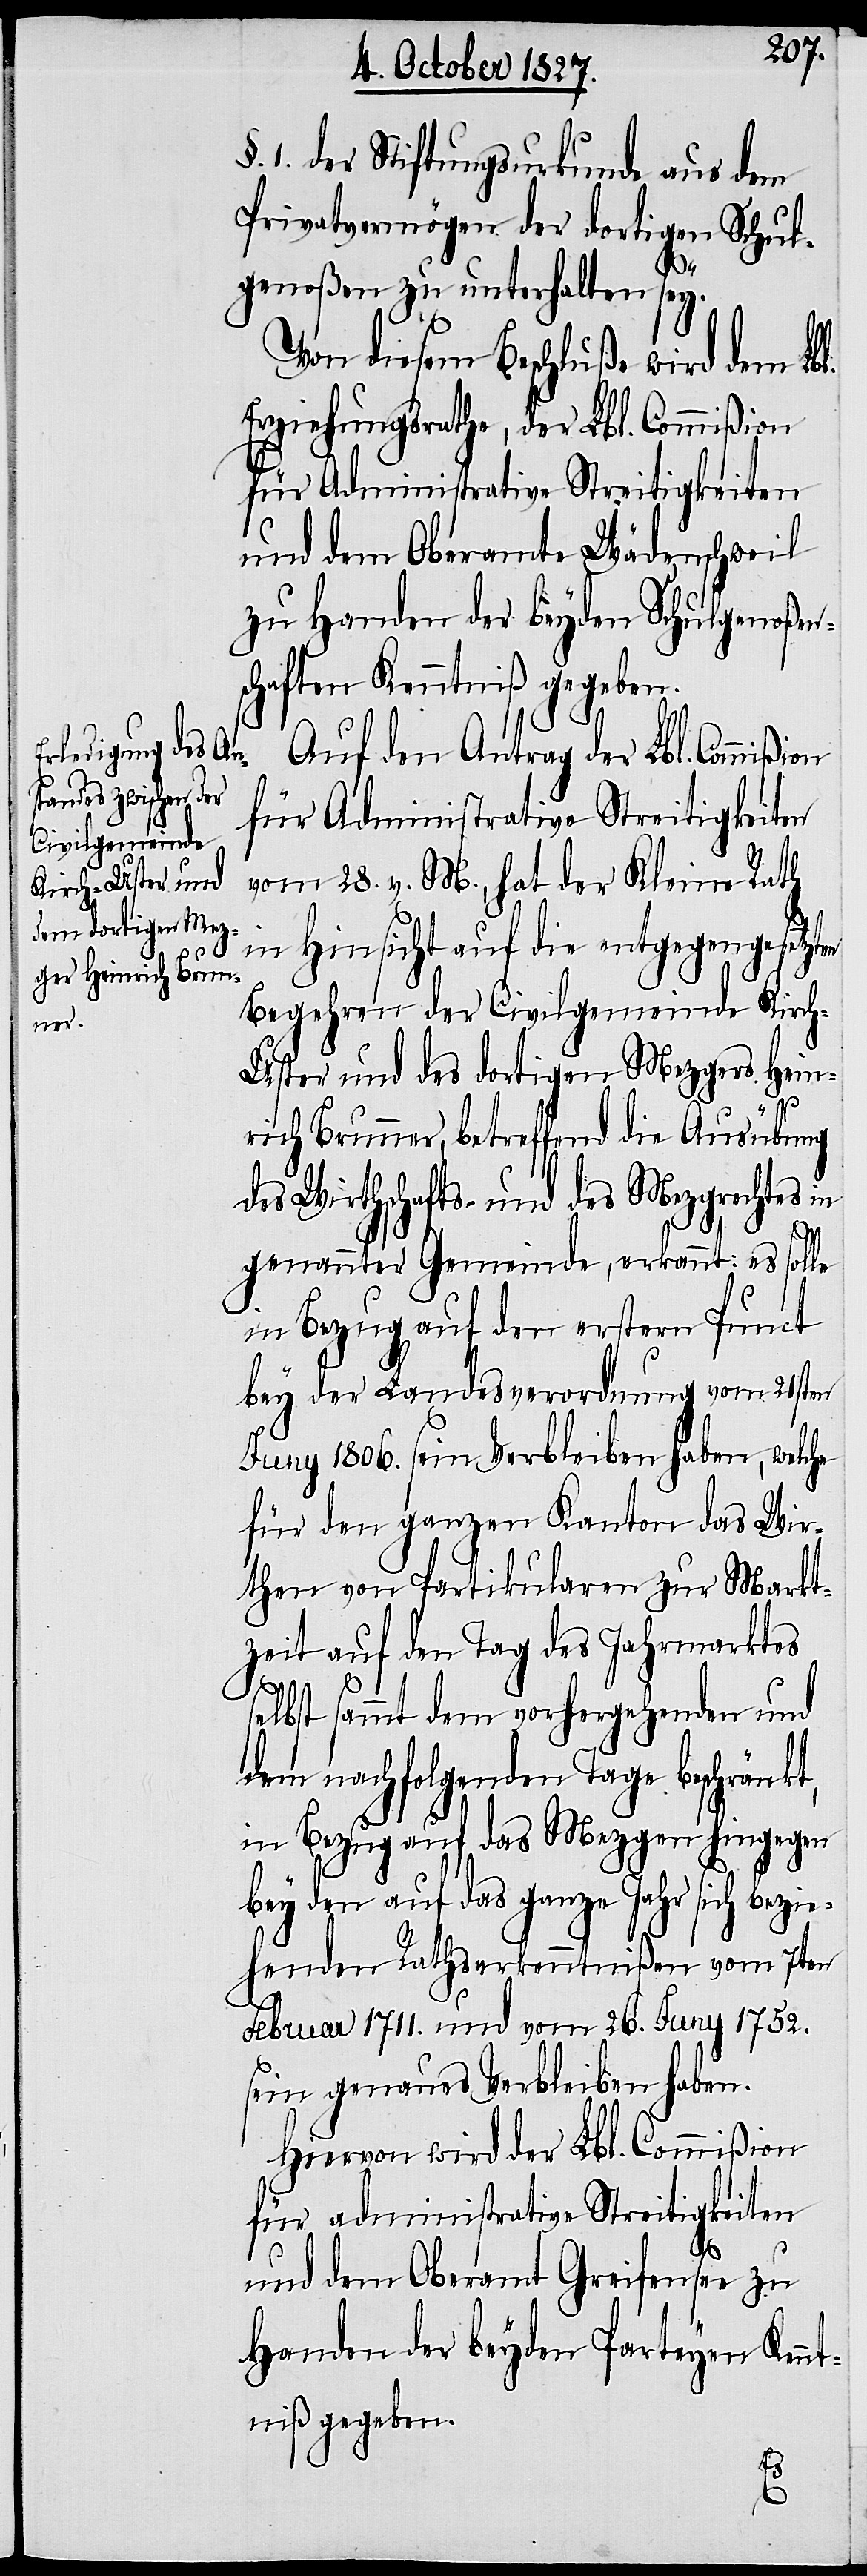
§. 1. der Stiftungsurkunde aus dem
Privatvermögen der dortigen Schul¬
en
genoßen zu unterhalten sey.
Von diesem Beschluße wird dem Lbl.
Erziehungsrathe, der Lbl. Commißion
für Administrative Streitigkeiten
und dem Oberamte Wädenschweil
zu Handen der beyden Schulgenoßens¬
chaften Kenntniß gegeben.
Auf den Antrag der Lbl. Commi¬
für Administrative Streitigkeiten
vom 28. v. M., hat der Kleine Rath
in Hinsicht auf die entgegengesetzt¬
Begehren der Civilgemeinde Kirc¬
h-Uster und des dortigen Mezgers Hein¬
ßion
rich Brunner, betreffend die Ausübung
des Wirthschafts- und des Mezgrechtes in
genannter Gemeinde, erkannt: es solle
in Bezug auf den erstern Punct
bey der Landesverordnung vom 21sten
Juny 1806. sein Verbleiben haben, welche
für den ganzen Kanton das Wir¬
then von Partikularen zur Markt¬
zeit auf den Tag des Jahrmarktes
selbst sammt dem vorhergehenden und
dem nachfolgenden Tage beschränkt,
in Bezug auf das Mezgen hingegen
bey den auf das ganze Jahr sich bezi¬
ehenden Rechtserkenntnißen vom 7ten
Februar 1711. und vom 26. Juny 1752.
sein genaues Verbleiben haben.
Hiervon wird der Lbl. Commißion
für administrative Streitigkeiten
und dem Oberamt Greifensee zu
Handen der beyden Parteyen Kenn¬
tniß gegeben.